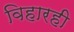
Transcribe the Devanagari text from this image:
विहारही